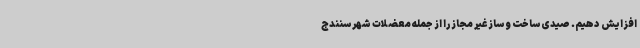
افزایش دهیم. صیدی ساخت و ساز غیر مجاز را از جمله معضلات شهر سنندج